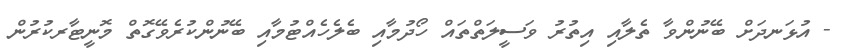
- އުޅަނދަށް ބޭނުންވާ ތެލާއި އިތުރު ވަސީލަތްތައް ހޯދުމާއި ބެލެހެއްޓުމާއި ބޭނުންކުރެވޭގޮތް މޮނީޓާރކުރުން